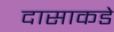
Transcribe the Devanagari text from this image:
दासाकडे